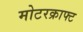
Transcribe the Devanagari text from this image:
मोटरक्राफ्ट